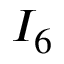
I _ { 6 }